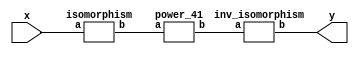
`timescale 1ns/100ps
module SMSS32_41_np_13_2(x,y);
	 input [5:0] x;
	 output [5:0] y;
	 wire [5:0] w;
	 wire [5:0] p;
	 isomorphism C2 (x,w);
	 power_41 C3 (w,p);
	 inv_isomorphism C4 (p,y);
endmodule

module add_base(a,b,c);
	 input [2:0] a;
	 input [2:0] b;
	 output [2:0] c;
	 assign c[0]=a[0]^b[0];
	 assign c[1]=a[1]^b[1];
	 assign c[2]=a[2]^b[2];
endmodule

module multiplication_base(a,b,c);
	 input [2:0] a;
	 input [2:0] b;
	 output [2:0] c;
	 assign c[0]=(a[0]&b[0])^(a[1]&b[2])^(a[2]&b[1])^(a[2]&b[2]);
	 assign c[1]=(a[0]&b[1])^(a[1]&b[0])^(a[2]&b[2]);
	 assign c[2]=(a[2]&b[0])^(a[1]&b[1])^(a[0]&b[2])^(a[1]&b[2])^(a[2]&b[1])^(a[2]&b[2]);
endmodule

module square_base(a,b);
	 input [2:0] a;
	 output[2:0] b;
	 assign b[0]=a[0]^a[2];
	 assign b[1]=a[2];
	 assign b[2]=a[1]^a[2];
endmodule

module four_base(a,b);
	 input [2:0] a;
	 output[2:0] b;
	 assign b[0]=a[0]^a[1];
	 assign b[1]=a[1]^a[2];
	 assign b[2]=a[1];
endmodule

module power_41(a,b);
	 input [5:0] a;
	 output [5:0] b;
	 wire [2:0] x_0;
	 wire [2:0] x_1;
	 wire [2:0] x_2;
	 wire [2:0] x_3;
	 wire [2:0] x_4;
	 wire [2:0] x_5;
	 wire [2:0] x_6;
	 wire [2:0] x_7;
	 wire [2:0] y_0;
	 wire [2:0] y_1;
	 assign x_0[0]=a[0];
	 assign x_0[1]=a[1];
	 assign x_0[2]=a[2];
	 assign x_1[0]=a[3];
	 assign x_1[1]=a[4];
	 assign x_1[2]=a[5];
	 four_base  A1 (x_0,x_2);
	 four_base A2 (x_1,x_3);
	 add_base A3 (x_0,x_1,x_4);
	 square_base  A4 (x_4,x_5);
	 multiplication_base A5 (x_0,x_1,x_6);
	 add_base A6 (x_5,x_6,x_7);
	 multiplication_base A7 (x_2,x_7,y_0);
	 multiplication_base A8 (x_3,x_7,y_1);
	 assign b[0]=y_1[0];
	 assign b[1]=y_1[1];
	 assign b[2]=y_1[2];
	 assign b[3]=y_0[0];
	 assign b[4]=y_0[1];
	 assign b[5]=y_0[2];
endmodule

module inv_isomorphism(a,b);
	 input [5:0] a;
	 output [5:0] b;
	 assign b[0]=a[1]^a[5];
	 assign b[1]=a[1]^a[3]^a[4];
	 assign b[2]=a[0]^a[2]^a[4]^a[5];
	 assign b[3]=a[5];
	 assign b[4]=a[1]^a[2];
	 assign b[5]=a[0]^a[1]^a[5];
endmodule

module isomorphism(a,b);
	 input [5:0] a;
	 output [5:0] b;
	 assign b[0]=a[0]^a[2]^a[4]^a[5];
	 assign b[1]=a[1]^a[2]^a[4];
	 assign b[2]=a[4];
	 assign b[3]=a[0]^a[1]^a[2];
	 assign b[4]=a[1]^a[3];
	 assign b[5]=a[1]^a[2]^a[4]^a[5];
endmodule